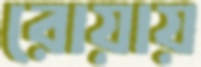
রোয়ায়